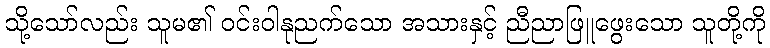
သို့သော်လည်း သူမ၏ ဝင်းဝါနုညက်သော အသားနှင့် ညီညာဖြူဖွေးသော သူတို့ကို